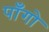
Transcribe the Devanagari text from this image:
पाँगो